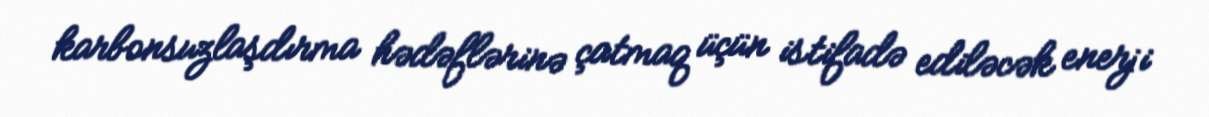
karbonsuzlaşdırma hədəflərinə çatmaq üçün istifadə ediləcək enerji